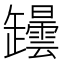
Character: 𦉡